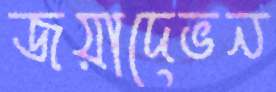
জয়াদেভন